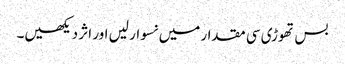
بس تھوڑی سی مقدار میں نسوار لیں اور اثر دیکھیں۔